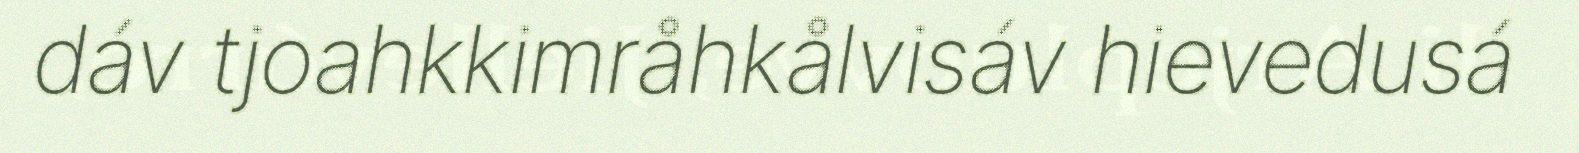
dáv tjoahkkimråhkålvisáv hievedusá